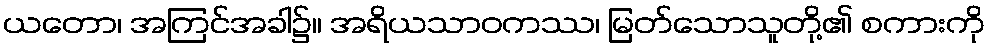
ယတော၊ အကြင်အခါ၌။ အရိယသာဝကဿ၊ မြတ်သောသူတို့၏ စကားကို